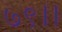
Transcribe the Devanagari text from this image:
७९।।